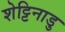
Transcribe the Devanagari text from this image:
शेट्टिनाडु